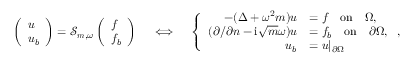
\begin{array} { r } { \left( \begin{array} { l } { u } \\ { u _ { b } } \end{array} \right) = { \mathscr { S } } _ { \boldsymbol { m } , \omega } \left( \begin{array} { l } { f } \\ { f _ { b } } \end{array} \right) \quad \iff \quad \left\{ \begin{array} { r l } { - ( \Delta + \omega ^ { 2 } { m } ) u } & { = f \quad \mathrm { o n } \quad \Omega , } \\ { ( \partial / \partial n - \mathrm { i } \sqrt { m } \omega ) u } & { = f _ { b } \quad \mathrm { o n } \quad \partial \Omega , } \\ { u _ { b } } & { = u \vert _ { \partial \Omega } } \end{array} \right. , } \end{array}